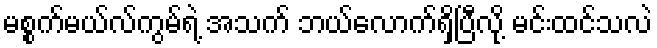
မစ္စက်မယ်လ်ကွမ်ရဲ့ အသက် ဘယ်လောက်ရှိပြီလို့ မင်းထင်သလဲ